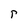
Character: r